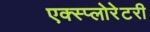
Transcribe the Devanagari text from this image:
एक्स्प्लोरेटरी